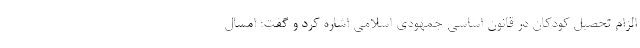
الزام تحصیل کودکان در قانون اساسی جمهودی اسلامی اشاره کرد و گفت: امسال